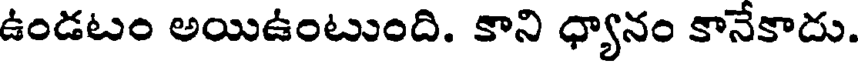
ఉండటం అయిఉంటుంది. కాని ధ్యానం కానేకాదు.